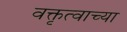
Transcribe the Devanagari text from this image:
वक्तृत्वाच्या